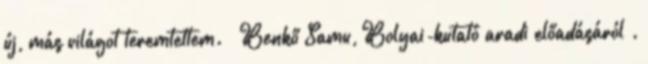
új, más világot teremtettem.” Benkő Samu, Bolyai-kutató aradi előadásáról .